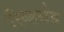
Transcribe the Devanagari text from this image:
रिव्हर्सड